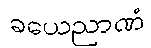
ခယေညာဏံ